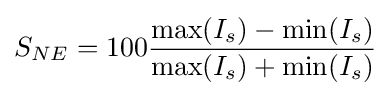
S_{NE}=100{\frac {{\text{max}}(I_{s})-{\text{min}}(I_{s})}{{\text{max}}(I_{s})+{\text{min}}(I_{s})}}